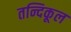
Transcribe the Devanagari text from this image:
तन्दिकूल